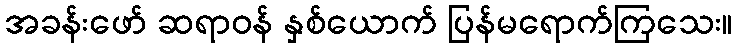
အခန်းဖော် ဆရာဝန် နှစ်ယောက် ပြန်မရောက်ကြသေး။